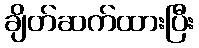
ချိတ်ဆက်ထားပြီး